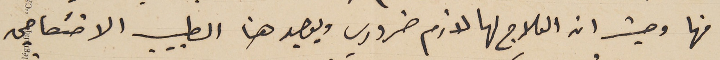
منها وحيث ان العلاج لها لازم ضروري ويوجد هنا الطبيب الاختصاصي